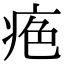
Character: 𤶋